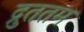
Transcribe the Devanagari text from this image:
द्रुततम